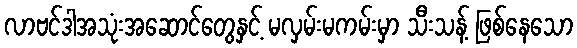
လာဗင်ဒါအသုံးအဆောင်တွေနှင့် မလှမ်းမကမ်းမှာ သီးသန့် ဖြစ်နေသော